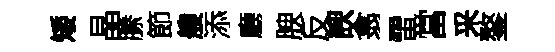
矮晶縢節艘添廳腴反諛翕雷當采鏊